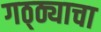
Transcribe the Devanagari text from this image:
गठ्ठ्याचा